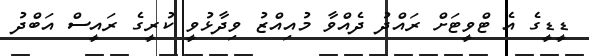
ޑީޑީގެ އެ ޓްވީޓަަށް ރައްދު ދެއްވާ މުއިއްޒު ވިދާޅުވީ ކުރީގެ ރައީސް އަބްދު